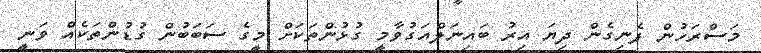
މަސްރަހުން ފެނިގެން ދިޔަ އިރު ބައިނަލްއަގުވާމީ ގުޅުންތަކަށް މީގެ ސަބަބުން ގުޑުންތަކެއް ވަނީ